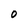
Character: O